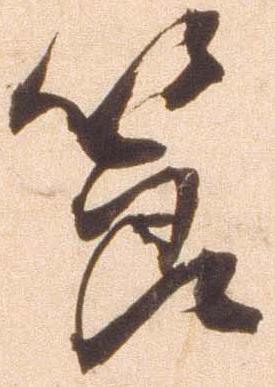
節